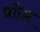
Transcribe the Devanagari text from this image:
प्राीन